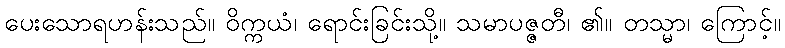
ပေးသောရဟန်းသည်။ ဝိက္ကယံ၊ ရောင်းခြင်းသို့။ သမာပဇ္ဇတီ၊ ၏။ တသ္မာ၊ ကြောင့်။